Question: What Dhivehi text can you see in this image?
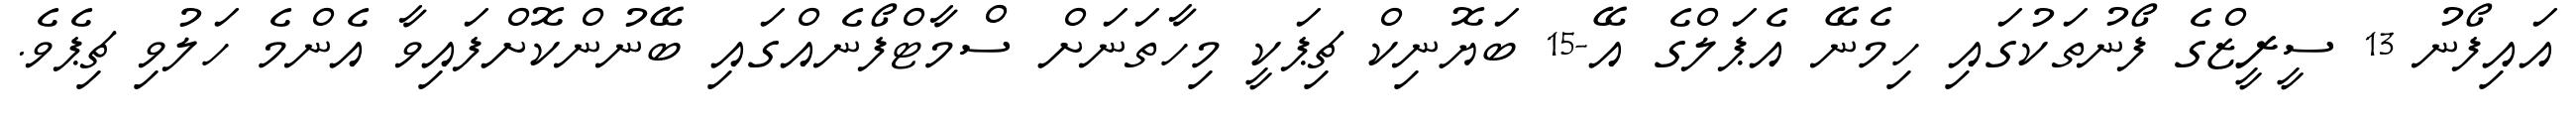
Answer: އައިފޯނު 13 ސީރީޒްގެ ފޯނުތަކުގައި ހިމެނޭ އެޕަލްގެ އޭ-15 ބަޔޮނިކް ޗިޕަކީ މިހާތަނަށް ސްމާޓްފޯނެއްގައި ބޭނުންކޮށްފައިވާ އެންމެ ހަލުވި ޗިޕެވެ.